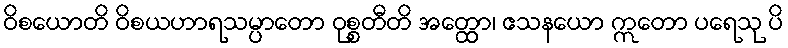
ဝိစယောတိ ဝိစယဟာရသမ္ပာတော ဝုစ္စတီတိ အတ္ထော၊ ဧသနယော ဣတော ပရေသု ပိ